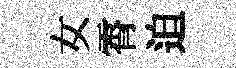
女霄迫